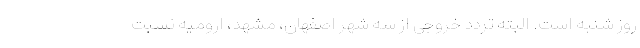
روز شنبه است. البته تردد خروجی از سه شهر اصفهان، مشهد، ارومیه نسبت